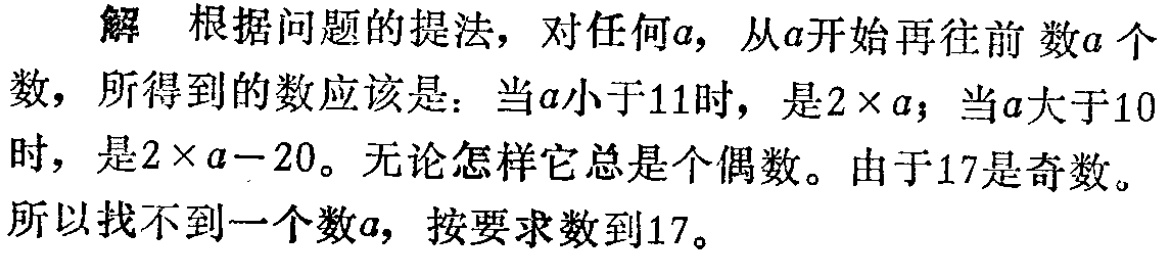
解 根据问题的提法，对任何\(a\)，从\(a\)开始再往前 数\(a\)个数，所得到的数应该是：当\(a\)小于\(11\)时，是\(2\times a\)；当\(a\)大于\(10\)时，是\(2\times a - 20\)。无论怎样它总是个偶数。由于\(17\)是奇数。所以找不到一个数\(a\)，按要求数到\(17\)。